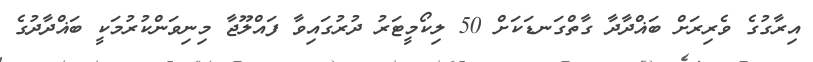
އިރާގުގެ ވެރިރަށް ބަޣްދާދާ ގާތްގަނޑަކަށް 50 ލިކޯމީޓަރު ދުރުގައިވާ ފައްލޫޖާ މިނިވަންކުރުމަކީ ބަޣްދާދުގެ